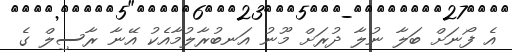
އެ ފޯނަށް ބަލާ ނުލާ ދުރަށް މޫނު އަނބުރާލުމާއެކު އޭނާ ރާސިލް ގެ